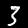
Label: 3